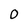
Character: 0